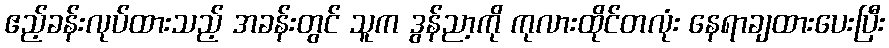
ဧည့်ခန်းလုပ်ထားသည့် အခန်းတွင် သူက ဒွန်ညာ့ကို ကုလားထိုင်တလုံး နေရာချထားပေးပြီး